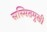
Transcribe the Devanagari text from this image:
सस्मितमुखी